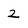
Character: 2